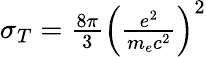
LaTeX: \begin{array}{r}{\sigma_{T}=\frac{8\pi}{3}\left(\frac{e^{2}}{m_{e}c^{2}}\right)^{2}}\end{array}